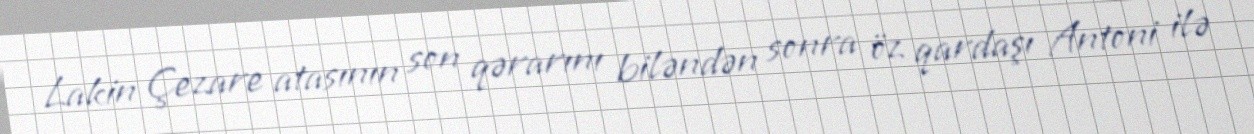
Lakin Çezare atasının son qərarını biləndən sonra öz qardaşı Antoni ilə